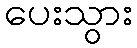
ပေးသွား